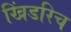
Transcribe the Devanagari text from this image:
खिंडरिच